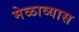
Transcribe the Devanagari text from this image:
मेळाव्यास